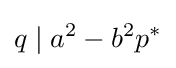
q\mid a^{2}-b^{2}p^{*}